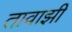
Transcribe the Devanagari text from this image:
तावाझी